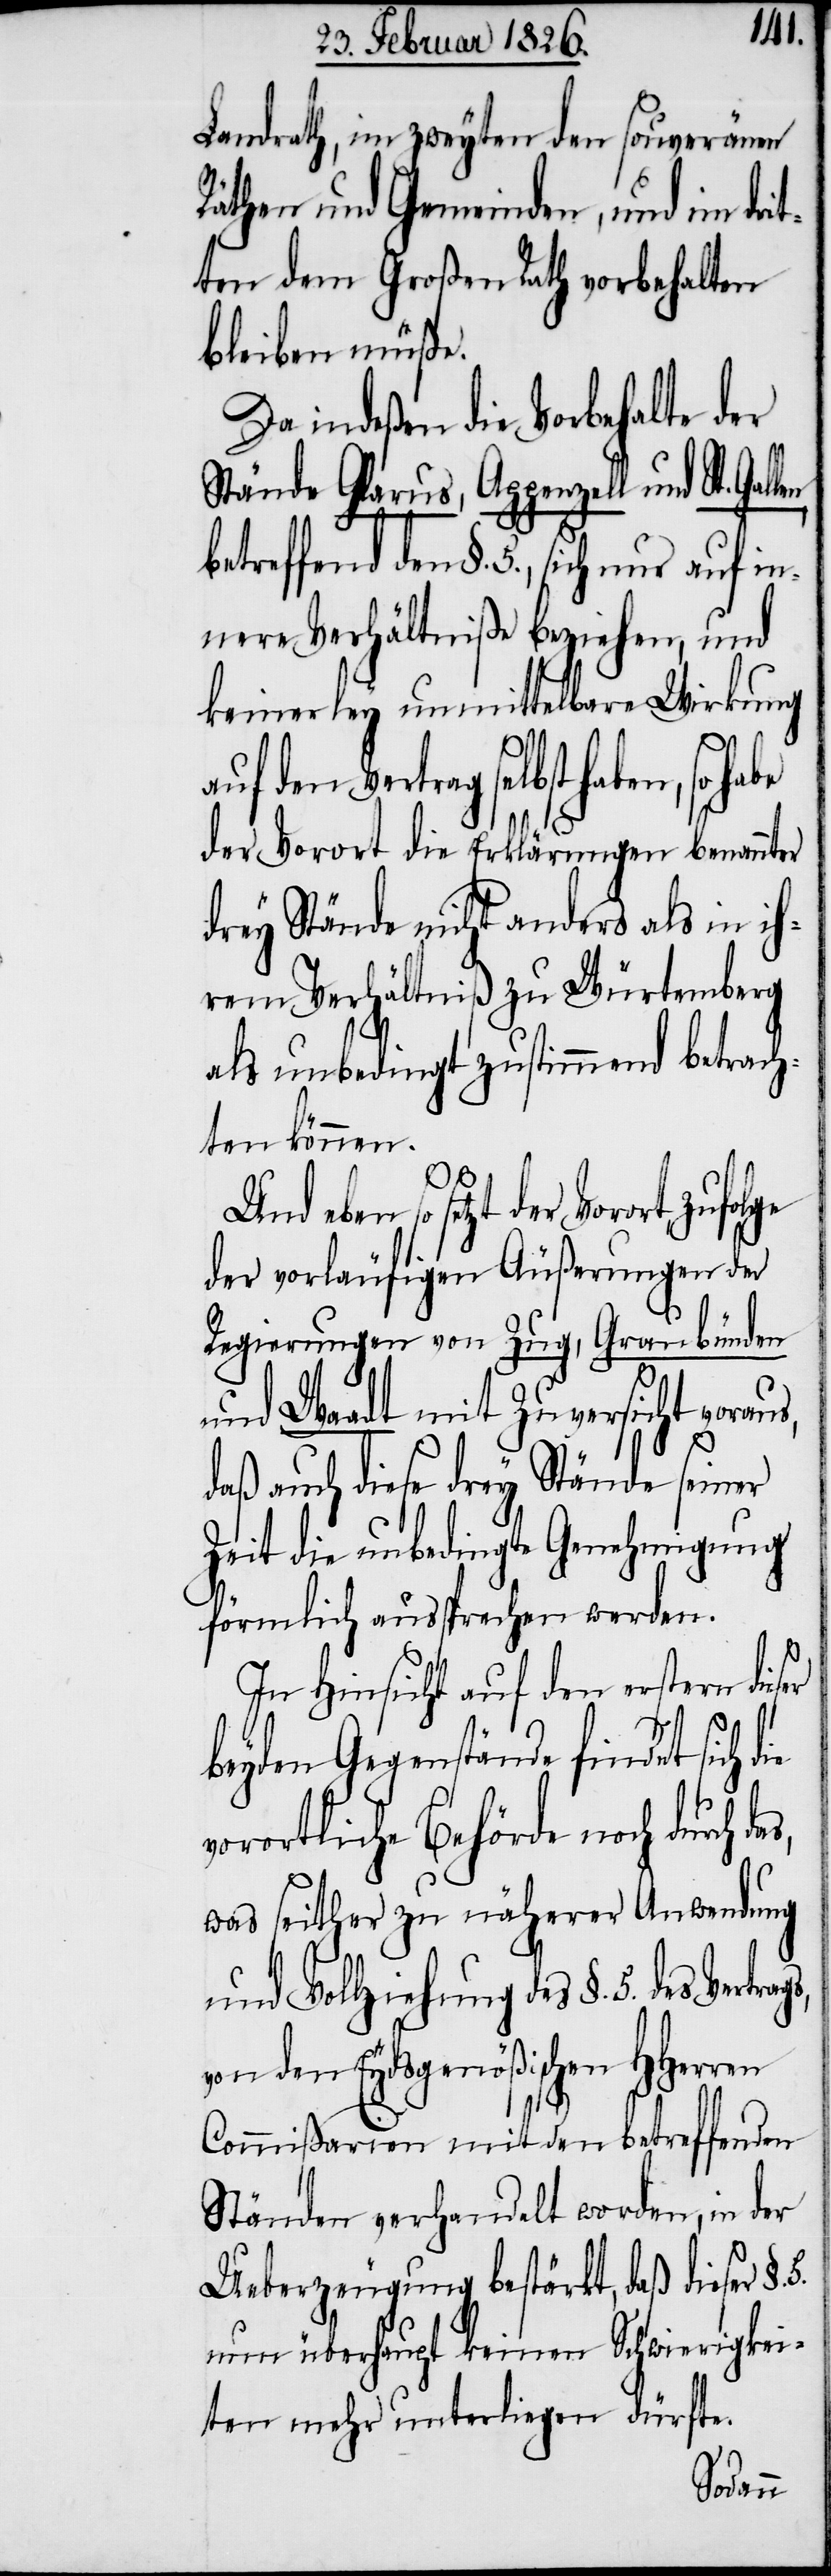
s,
Landrath, im zweyten den souveränen
Räthen und Gemeinden, und im drit¬
ten dem Großen Rath vorbehalten
bleiben müße.
Da indeßen die Vorbehalte der
Stände Glarus, Appenzell und St.
betreffend den §. 5., sich nur auf in¬
nere Verhältniße beziehen, und
keinerley unmittelbare Wirkung
auf den Vertrag selbst
der Vorort die Erklärungen benannter
drey Stände nicht anders als in ih¬
rem Verhältniß zu Würtemberg
als unbedingt zustimmend betrach¬
ten können.
eben so setzt der Vorort,
der vorläufigen Äußerungen der
Regierungen von Zug, Graubünden
und Waadt mit Zuversicht vorau¬
daß auch diese drey Stände seiner
Zeit die unbedingte Genehmigung
förmlich ansprechen werden.
In Hinsicht auf den erstern die¬
beyden Gegenstände findet sich
vorortliche Behörde noch durch das,
was seither zu näherer Anwendung
und Vollziehung des §. 5. des
von den Eydsgenößischen HHerren
Commißarien mit den betreffenden
Ständen verhandelt worden, in der
Ueberzeugung bestärkt, daß dieser §.
nun überhaupt keinen Schwierigkei¬
ten mehr unterliegen dürfte.
ser